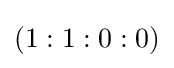
(1:1:0:0)